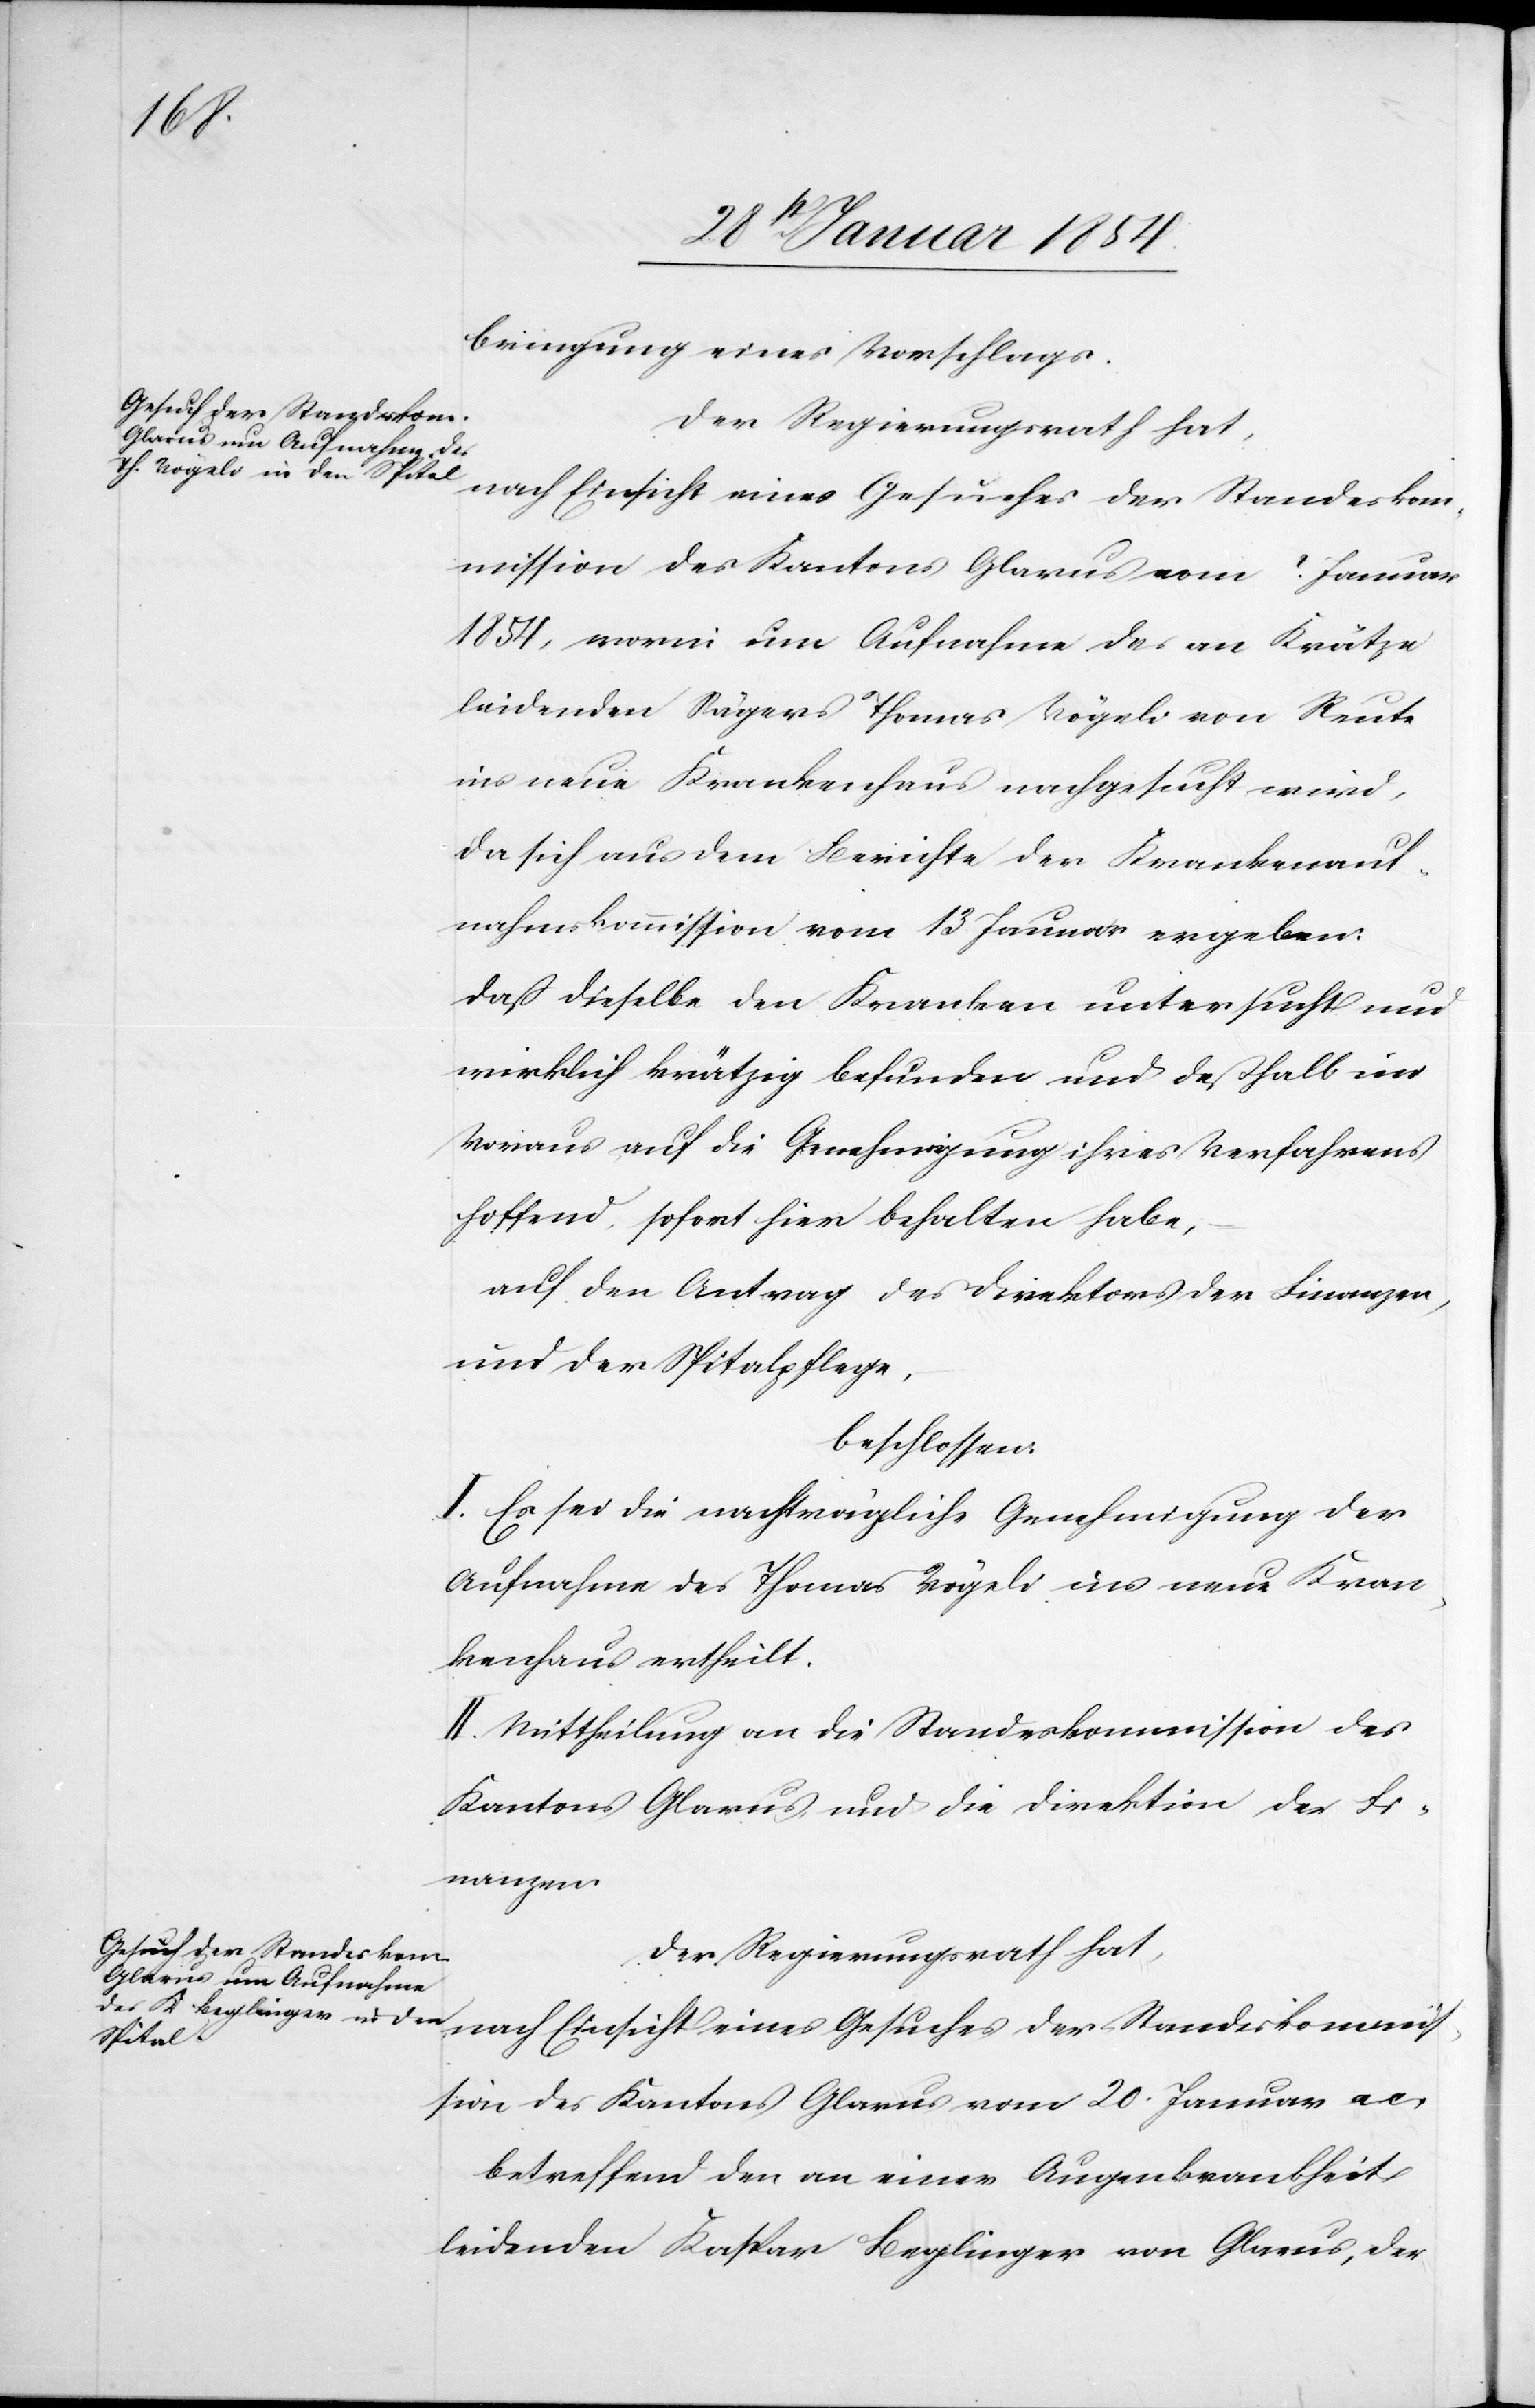
bringung eines Vorschlags.
nach Einsicht eines Gesuches der Standeskommi¬
mmission des Kantons Glarus vom 8 Januar
1854, worin um Aufnahme des an Krätze
leidenden Sägers Thomas Vögeli von Reuti
ins neue Krankenhaus nachgesucht wird,
da sich aus dem Berichte der Krankenauf¬
nahmskommission vom 13. Januar ergeben:
Daß dieselbe den Kranken untersucht und
wirklich krätzig befunden und deßhalb im
Voraus auf die Genehmigung ihres Verfahrens
hoffend, sofort hier behalten habe,
auf den Antrag des Direktors der Finanzen,
und der Spitalpflege,
beschlossen:
I. Es sei die nachträgliche Genehmigung der
Aufnahme des Thomas Vögeli ins neue Kran¬
kenhaus ertheilt.
II. Mittheilung an die Standeskommission des
Kantons Glarus und die Direktion der Fi¬
nanzen.
Der Regierungsrath hat,
ssion des Kantons Glarus vom 20. Januar a. c.,
betreffend den an einer Augenkrankheit
leidenden Kaspar Beglinger von Glarus, der